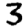
Digit: 3